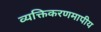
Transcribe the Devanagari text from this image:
व्यक्तिकरणमापीय